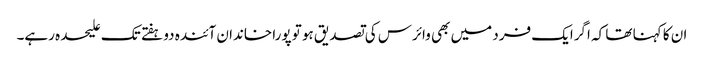
ان کا کہنا تھا کہ اگرایک فرد میں بھی وائرس کی تصدیق ہو تو پورا خاندان آئندہ دو ہفتے تک علیحدہ رہے۔